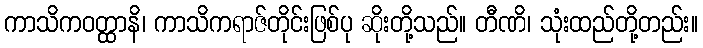
ကာသိကဝတ္ထာနိ၊ ကာသိကရာဇ်တိုင်းဖြစ်ပု ဆိုးတို့သည်။ တီဏိ၊ သုံးထည်တို့တည်း။